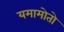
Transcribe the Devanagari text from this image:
यमामोतो